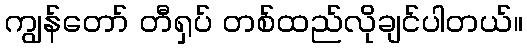
ကျွန်တော် တီရှပ် တစ်ထည်လိုချင်ပါတယ်။